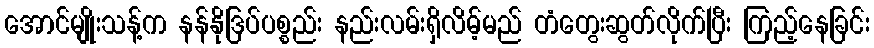
အောင်မျိုးသန့်က နန်နိုဒြပ်ပစ္စည်း နည်းလမ်းရှိလိမ့်မည် တံတွေးဆွတ်လိုက်ပြီး ကြည့်နေခြင်း